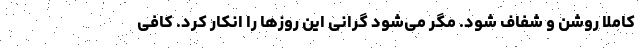
کاملا روشن و شفاف شود. مگر می‌شود گرانی این روزها را انکار کرد. کافی